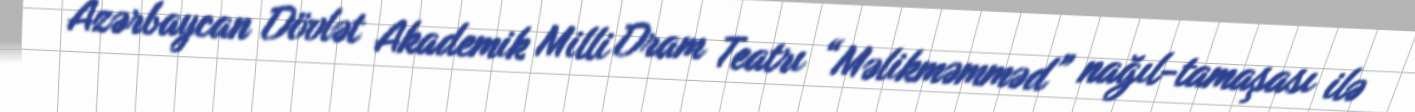
Azərbaycan Dövlət Akademik Milli Dram Teatrı “Məlikməmməd” nağıl-tamaşası ilə